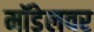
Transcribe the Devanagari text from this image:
मॉडेलवर